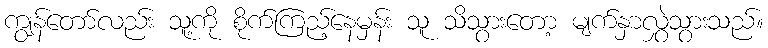
ကျွန်တော်လည်း သူ့ကို စိုက်ကြည့်နေမှန်း သူ သိသွားတော့ မျက်နှာလွှဲသွားသည်။